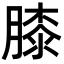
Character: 膝